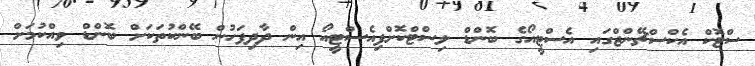
ސްޓޮކް އެކްސްޗޭންޖްގައި އެސްޓީއޯގެ ބޮންޑް ލިސްޓްކޮށްފިއެސްޓީއޯ އިން ދާދިފަހުން ބޭންކުތަކަށް ބޮންޑް ވިއްކުމަށް